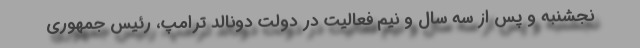
نجشنبه و پس از سه سال و نیم فعالیت در دولت دونالد ترامپ، رئیس جمهوری